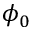
\phi _ { 0 }